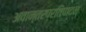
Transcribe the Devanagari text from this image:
अवान्तरप्रतिपादन